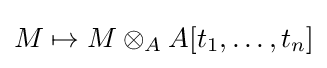
M\mapsto M\otimes _{A}A[t_{1},\dots ,t_{n}]